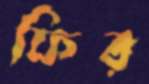
ফির